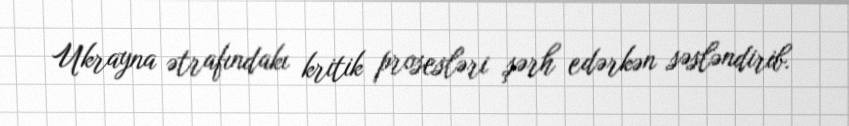
Ukrayna ətrafındakı kritik prosesləri şərh edərkən səsləndirib.